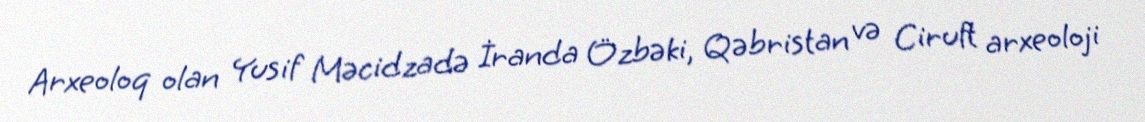
Arxeoloq olan Yusif Məcidzadə İranda Özbəki, Qəbristan və Ciruft arxeoloji